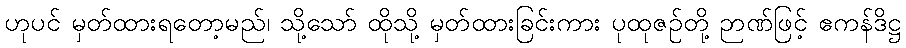
ဟုပင် မှတ်ထားရတော့မည်၊ သို့သော် ထိုသို့ မှတ်ထားခြင်းကား ပုထုဇဉ်တို့ ဉာဏ်ဖြင့် ဧကန်ဒိဋ္ဌ